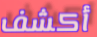
أكشف